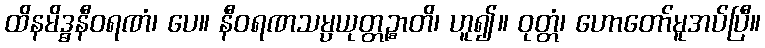
ထိနမိဒ္ဓနီဝရဏံ၊ ပေ။ နီဝရဏသမ္ပယုတ္တဉ္စာတိ၊ ဟူ၍။ ဝုတ္တံ၊ ဟောတော်မူအပ်ပြီ။